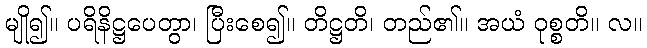
မျို၍။ ပရိနိဋ္ဌပေတွာ၊ ပြီးစေ၍။ တိဋ္ဌတိ၊ တည်၏။ အယံ ဝုစ္စတိ။ လ။